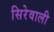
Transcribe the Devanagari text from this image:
सिरेवाली